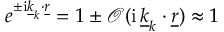
e ^ { \pm \mathrm { i } \underline { { k } } _ { k } \cdot \underline { { r } } } = 1 \pm \mathcal { O } ( \mathrm { i } \, \underline { { k } } _ { k } \cdot \underline { { r } } ) \approx 1